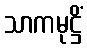
သာကမုဋ္ဌိံ